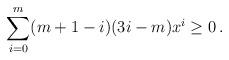
LaTeX: \begin{align*}\sum_{i=0}^{m}(m+1-i)(3i-m)x^i\ge 0\,.\end{align*}